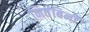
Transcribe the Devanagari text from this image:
नितंबिनी